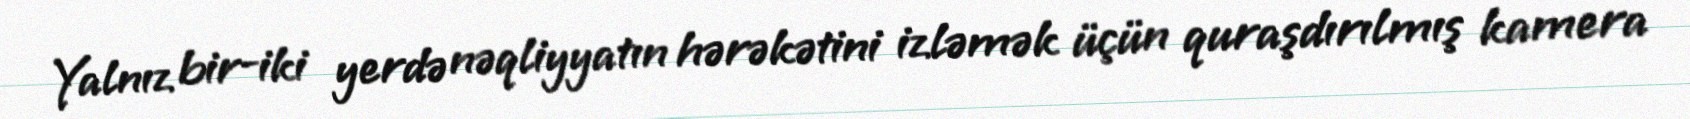
Yalnız bir-iki yerdə nəqliyyatın hərəkətini izləmək üçün quraşdırılmış kamera